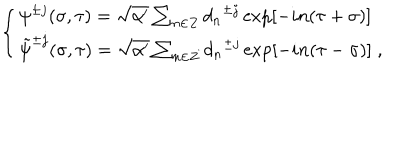
LaTeX: \left\{ \begin{array} { l } { { { \psi } ^ { \pm j } ( \sigma , \tau ) = \sqrt { \alpha ^ { \prime } } \sum _ { n \in Z } { d _ { n } } ^ { \pm j } \exp [ - i n ( \tau + \sigma ) ] } } \\ { { { \tilde { \psi } } ^ { \pm j } ( \sigma , \tau ) = \sqrt { \alpha ^ { \prime } } \sum _ { n \in Z } { d _ { n } } ^ { \pm j } \exp [ - i n ( \tau - \sigma ) ] \; , } } \\ \end{array} \right.